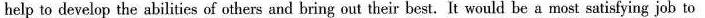
help to develop the abilities of others and bring out their best. It would be a most satisfying job to